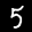
Label: 5